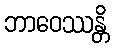
ဘာဝေဿန္တိ